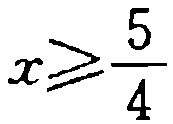
$x\geqslant\frac{5}{4}$